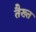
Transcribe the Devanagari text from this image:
तैख्त